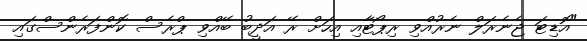
"އޮޑިޓަ ޖެނެރަލް ނެރުއްވި ރިޕޯޓާއި އިހަށް ރޭ އަދީބު ބޭއްވި ޕްރެސް ކޮންފަރެންސްގައި